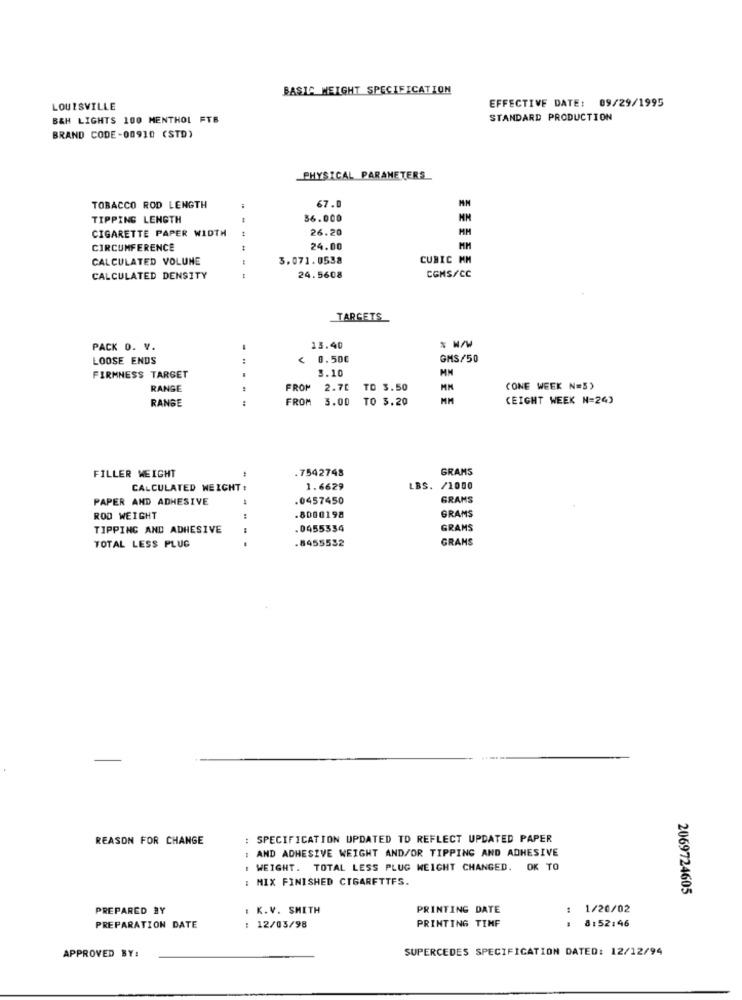
BASIA WEIGHT SPECIFICATION
EFFECTIVE DATE: 09/29/1995
LOUISVILLE
B&H LIGHTS 100 MENTHOL FTB
STANDARD PRODUCTION
BRAND CODE-00910 (STD)
PHYSICAL PARAMETERS
67.0
TOBACCO ROD LENGTH
MN
TIPPING LENGTH
36.000
CIGARETTE PAPER WIDTH
26.20
MM
CIRCUMFERENCE
24.00
MM
CALCULATED VOLUNE
3.071.0538
CUBIC MM
CGMS/CC
CALCULATED DENSITY
24.5608
TARGETS
PACK 0. V.
13.40
% w/W
LOOSE ENDS
< 0.50€
GMS/50
3.10
MM
FIRMNESS TARGET
RANGE
FROM 2.70 TD 3.50
MM
CONE WEEK N=5)
RANGE
:
FROM
3.00
TO 3.20
MM
(EIGHT WEEK N=24)
.7542748
GRAMS
FILLER WEIGHT
CALCULATED WEIGHT :
1.6629
LBS. /1000
PAPER AND ADHESIVE
.0457450
GRAMS
GRAMS
ROD WEIGHT
:
.8000198
TIPPING AND ADHESIVE
.0455334
GRAMS
8455532
GRAMS
TOTAL LESS PLUG
REASON FOR CHANGE
: SPECIFICATION UPDATED TO REFLECT UPDATED PAPER
: AND ADHESIVE WEIGHT AND/OR TIPPING AND ADHESIVE
: WEIGHT. TOTAL LESS PLUG WEIGHT CHANGED. OK TO
: MIX FINISHED CIGARFTTFS.
2069724605
PREPARED BY
: K.V. SMITH
PRINTING DATE
: 1/20/02
PREPARATION DATE
: 12/03/98
PRINTING TIMF
. 8:52:46
APPROVED BY:
SUPERCEDES SPECIFICATION DATED: 12/12/94